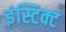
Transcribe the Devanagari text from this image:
इंस्टिक्टं